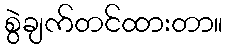
စွဲချက်တင်ထားတာ။